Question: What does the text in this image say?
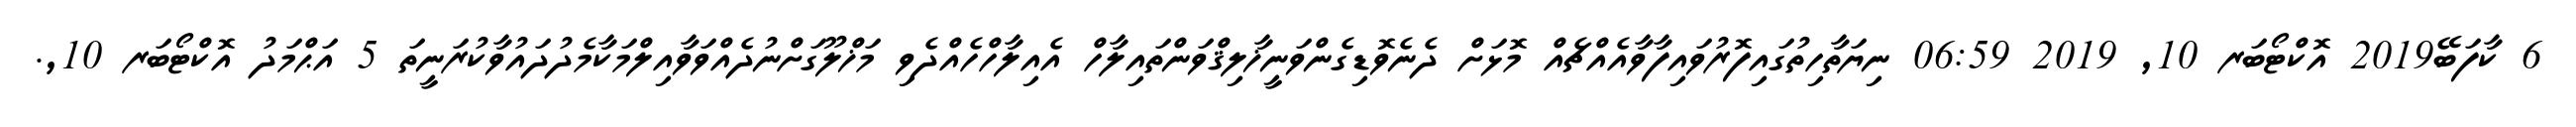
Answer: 6 ކާފަބޭ2019 އޮކްޓޯބަރ 10, 2019 06:59 ނިޔަތާހިތުގައިފޮރުވައިފާވާއެއްޗެއް މޮޅަށް ދެނެވޮޑިގެންވަނީޚާލިޤްވަންތައިލާހް އެއިލާހްހެއްދެވި މަޚްލޫގަށްނުދެއްވަވާއިލްމަކާމެދުދައުވާކުރަނީތަ 5 އަޙްމަދު އޮކްޓޯބަރ 10,.